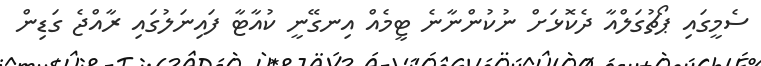
ސެމީގައި ޕޯޗުގަލްއާ ދެކޮޅަށް ނުކުންނާނެ ޓީމެއް އިނގޭނީ ކުއާޓާ ފައިނަލުގައި ރާއްޖެ ގަޑިން